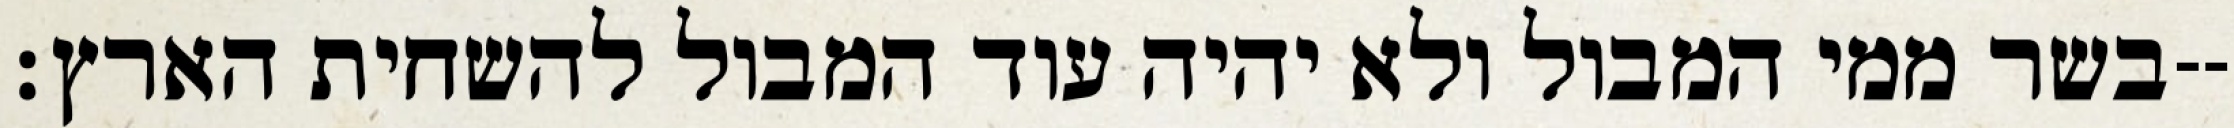
בשר ממי המבול ולא יהיה עוד המבול להשחית הארץ׃--